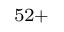
^ { 5 2 + }